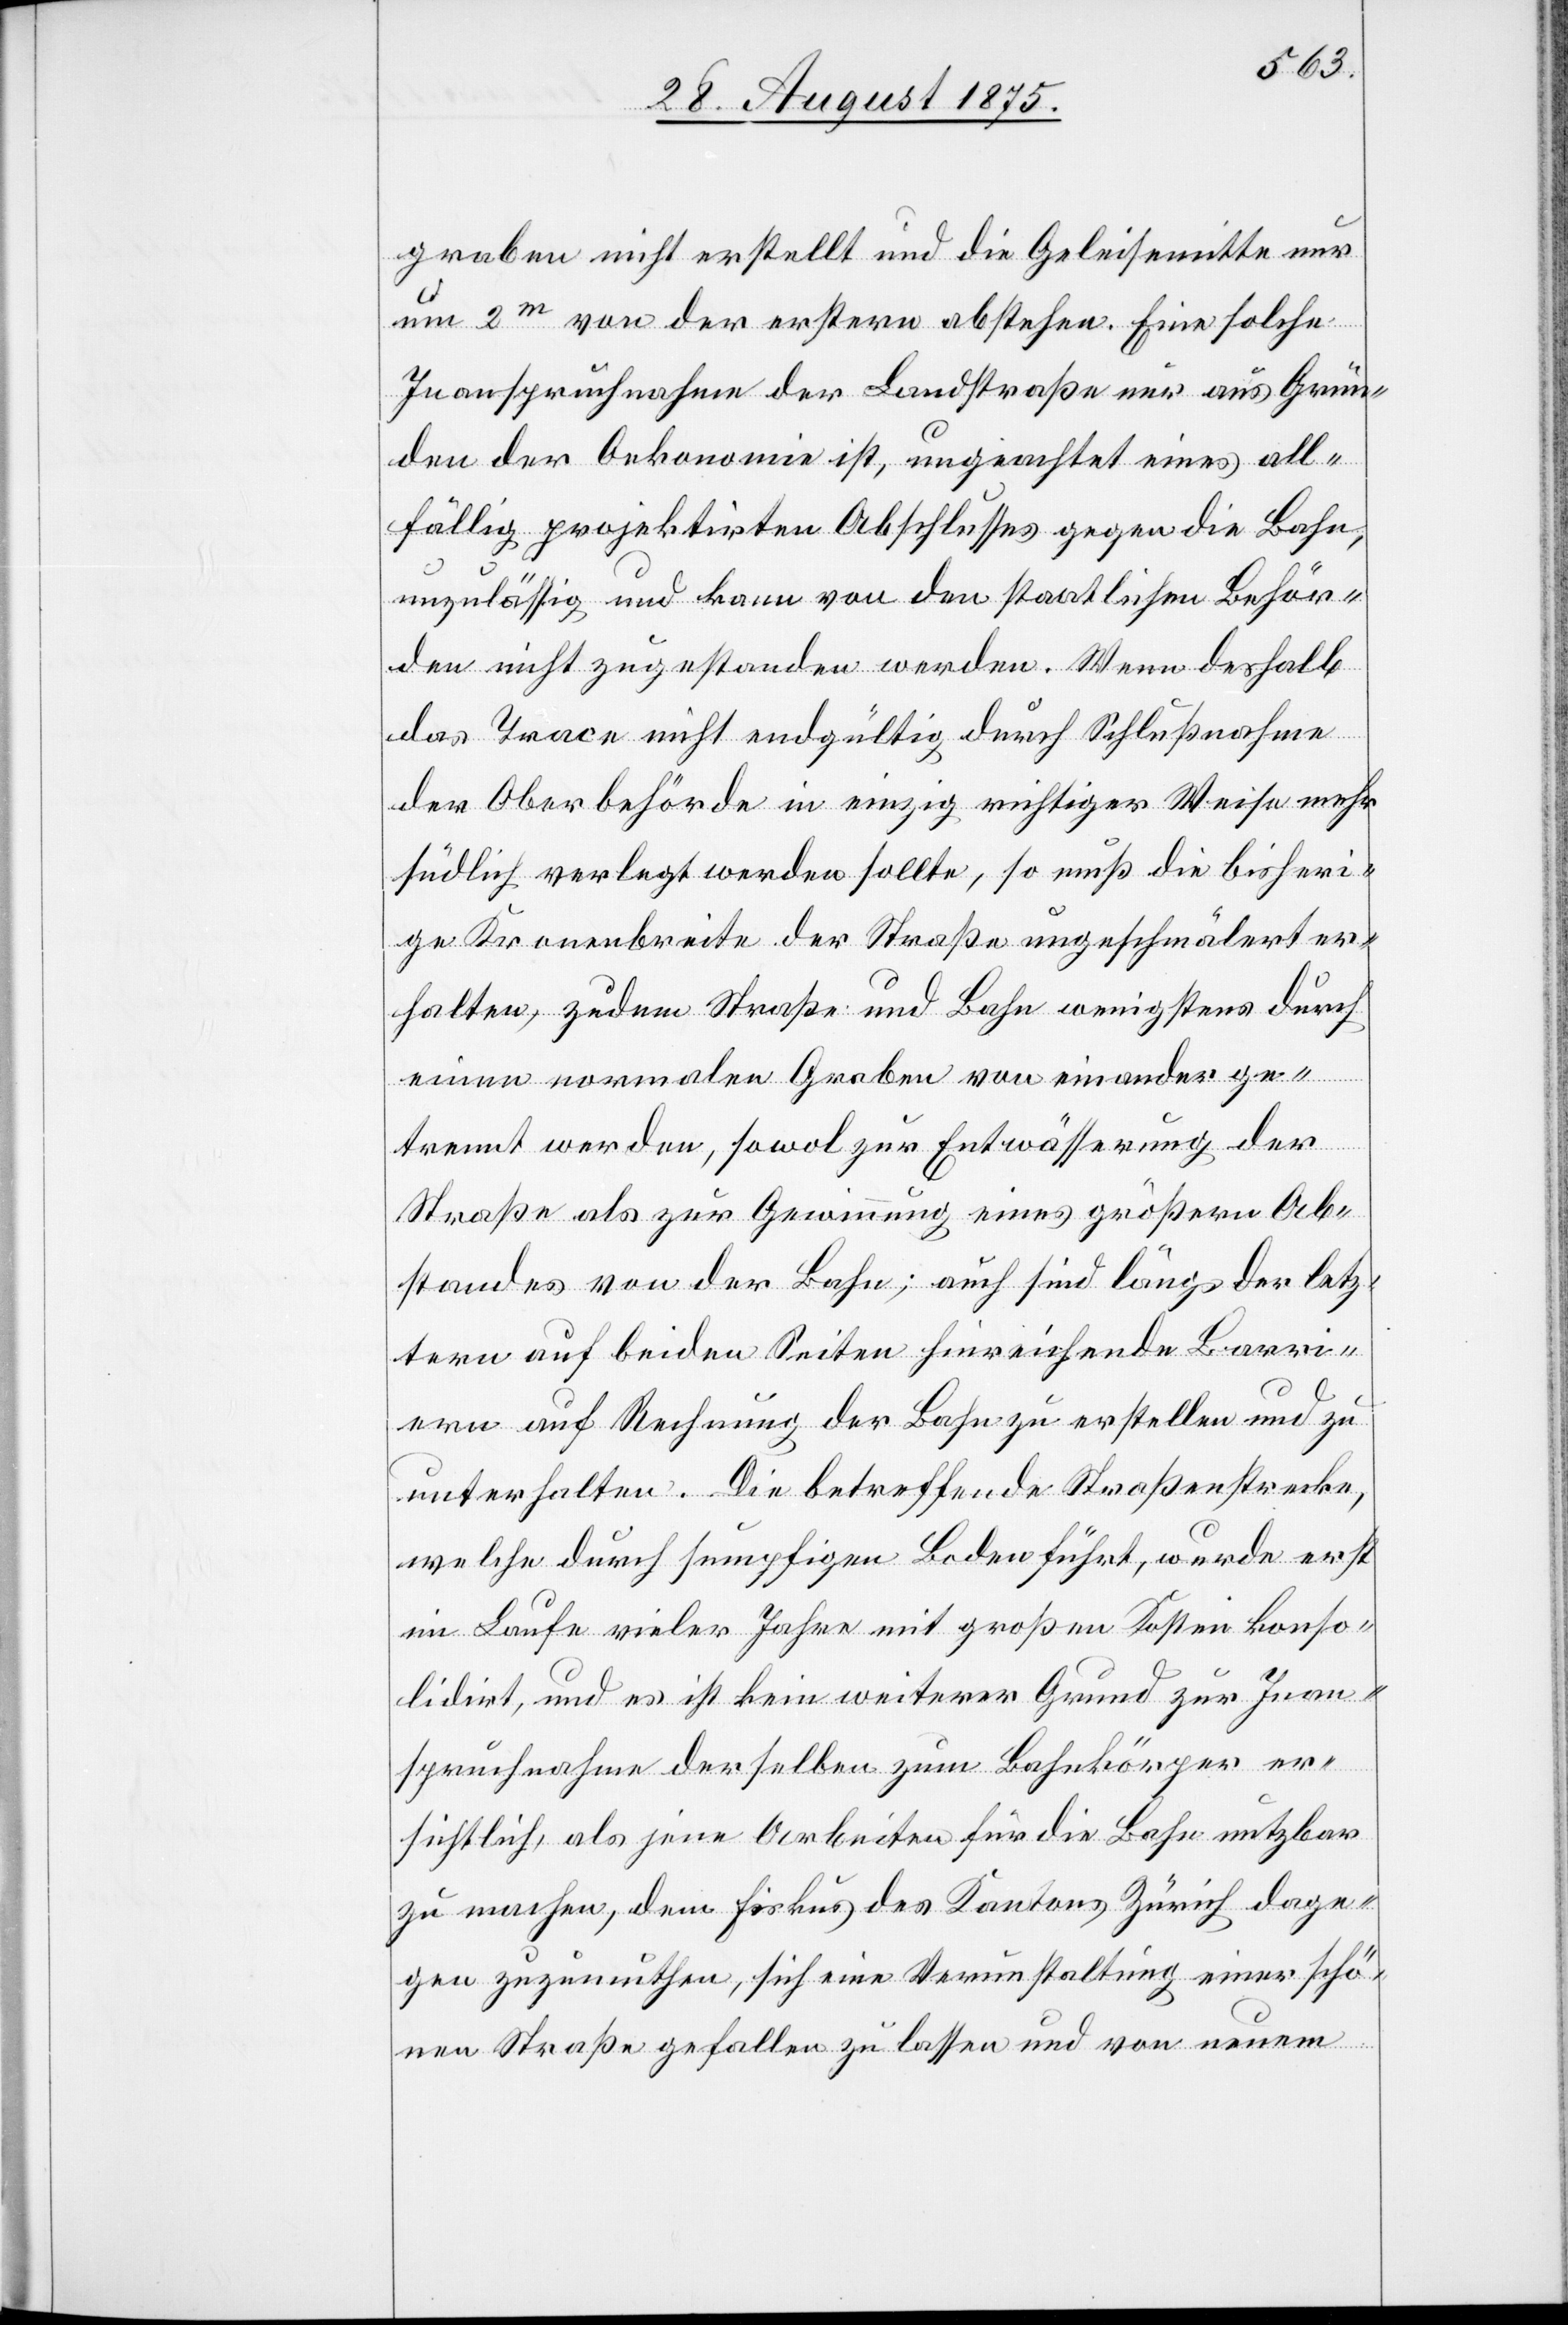
graben nicht erstellt und die Geleisemitte nur
um 2m von der erstern abstehen. Eine solche
Inanspruchnahme der Landstraße nur aus Grün¬
den der Oekonomie ist, ungeachtet eines all¬
fällig projektirten Abschlusses gegen die Bahn,
unzulässig und kann von den staatlichen Behör¬
den nicht zugestanden werden. Wenn deßhalb
das Trace nicht endgültig durch Schlußnahme
der Oberbehörde in einzig richtiger Weise mehr
südlich verlegt werden sollte, so muß die bisheri¬
ge Kronenbreite der Straße ungeschmälert er¬
halten, zudem Straße und Bahn wenigstens durch
einen normalen Graben von einander ge¬
trennt werden, sowol zur Entwässerung der
Straße als zur Gewinnung eines größern Ab¬
standes von der Bahn; auch sind längs der letz¬
tern auf beiden Seiten hinreichende Barri¬
ere auf Rechnung der Bahn zu erstellen und zu
unterhalten. Die betreffende Straßenstrecke,
welche durch sumpfigen Boden führt, wurde erst
im Laufe vieler Jahre mit großen Kosten konso¬
lidirt, und es ist kein weiterer Grund zur Inan¬
spruchnahme derselben zum Bahnkörper er¬
sichtlich, als jenen Arbeiten für die Bahn nutzbar
zu machen, dem Fiskus des Kantons Zürich dage¬
gen zuzumuthen, sich eine Verunstaltung einer schö¬
nen Straße gefallen zu lassen und von neuem